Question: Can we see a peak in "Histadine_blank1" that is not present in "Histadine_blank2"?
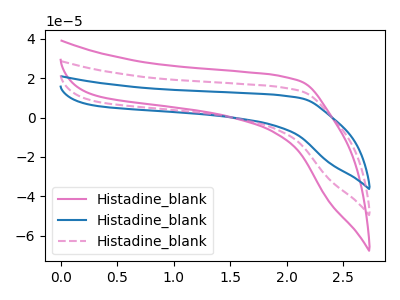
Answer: <think>The pink curve "Histadine_blank1" has no peaks. The blue curve "Histadine_blank2" has no peaks. The pink dashed curve "Histadine_blank3" has no peaks.
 Neither "Histadine_blank1" or "Histadine_blank2" have any peaks.</think>
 <answer>No, "Histadine_blank1" and "Histadine_blank2" don't appear to be significantly different in shape</answer>
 <eval>no_change</eval>